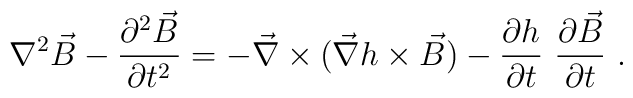
\nabla^2\vec{B}-\frac{\partial^2\vec{B}}{\partial t^2}=-\vec{\nabla}\times (\vec{\nabla}h\times \vec{B})-\frac{\partial h}{\partial t}\ \frac{\partial\vec{B}}{\partial t}\ .